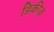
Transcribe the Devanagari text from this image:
डिकीज़